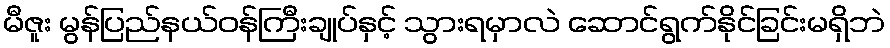
မီဇူး မွန်ပြည်နယ်ဝန်ကြီးချုပ်နှင့် သွားရမှာလဲ ဆောင်ရွက်နိုင်ခြင်းမရှိဘဲ